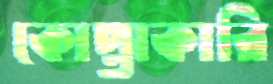
কোপ্তাকারি